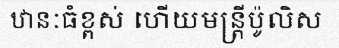
ឋានៈធំខ្ពស់ ហើយមន្ត្រីប៉ូលិស